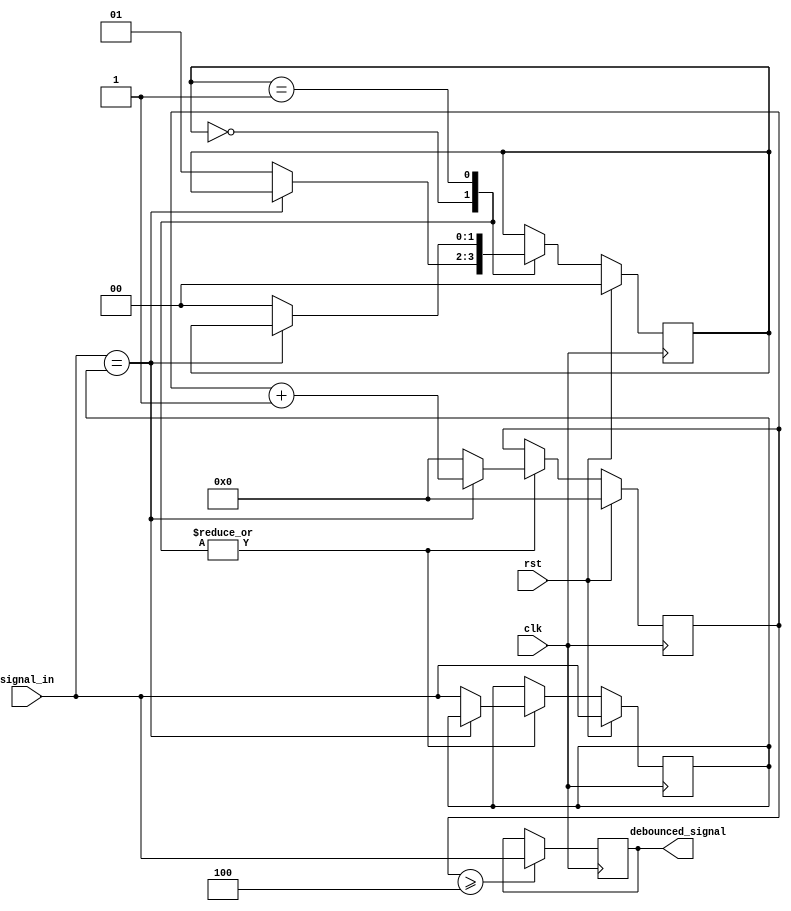
module debounce_circuit(
  input clk,
  input rst,
  input signal_in,
  output reg debounced_signal
);

reg [1:0] state;
reg [7:0] counter;
reg prev_signal;

always @(posedge clk) begin
  if(rst) begin
    state <= 2'b00;
    counter <= 8'b0;
    prev_signal <= signal_in;
  end else begin
    case(state)
      2'b00: begin // Waiting for stable signal
        if(signal_in == prev_signal)
          counter <= counter + 1;
        else begin
          counter <= 8'b0;
          prev_signal <= signal_in;
          state <= 2'b01; // Transition to check signal stability
        end
      end
      2'b01: begin // Checking signal stability
        if(signal_in == prev_signal)
          counter <= counter + 1;
        else begin
          counter <= 8'b0;
          prev_signal <= signal_in;
          state <= 2'b00; // Transition back to waiting for stable signal
        end
      end
    endcase
  end
end

always @(posedge clk) begin
  if(counter >= 8'b100) // Debounce count
    debounced_signal <= signal_in;
end

endmodule